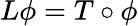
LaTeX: L\phi=T\circ\phi